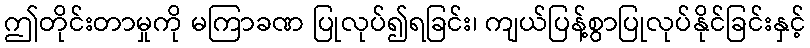
ဤတိုင်းတာမှုကို မကြာခဏ ပြုလုပ်၍ရခြင်း၊ ကျယ်ပြန့်စွာပြုလုပ်နိုင်ခြင်းနှင့်